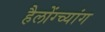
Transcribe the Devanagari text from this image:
हैलोंग्च्यांग